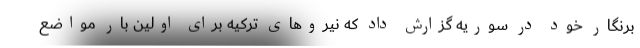
برنگار خود در سوریه گزارش داد که نیروهای ترکیه برای اولین بار مواضع